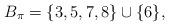
LaTeX: \begin{align*}B_{\pi} = \{ 3,5,7,8 \} \cup \{ 6 \},\end{align*}